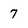
Character: 7